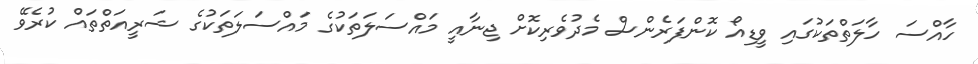
ހާއްސަ ހާލަތްތަކުގައި ވީޑިއޯ ކޮންފަރެންސް މެދުވެރިކޮށް ޖިނާއީ މައްސަލަތަކުގެ މައްސަލަތަކުގެ ޝަރީއަތްތައް ކުރެވޭ